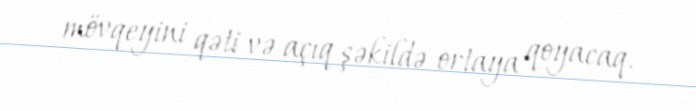
mövqeyini qəti və açıq şəkildə ortaya qoyacaq.